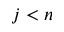
j < n